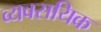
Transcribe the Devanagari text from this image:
व्यवसयिक